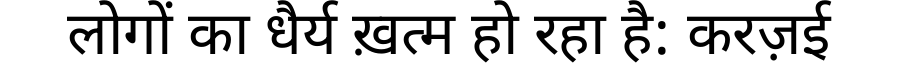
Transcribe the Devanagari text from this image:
लोगों का धैर्य ख़त्म हो रहा है: करज़ई